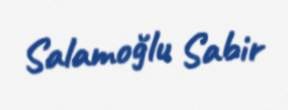
Salamoğlu Sabir